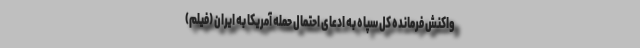
واکنش فرمانده کل سپاه به ادعای احتمال حمله آمریکا به ایران (فیلم)